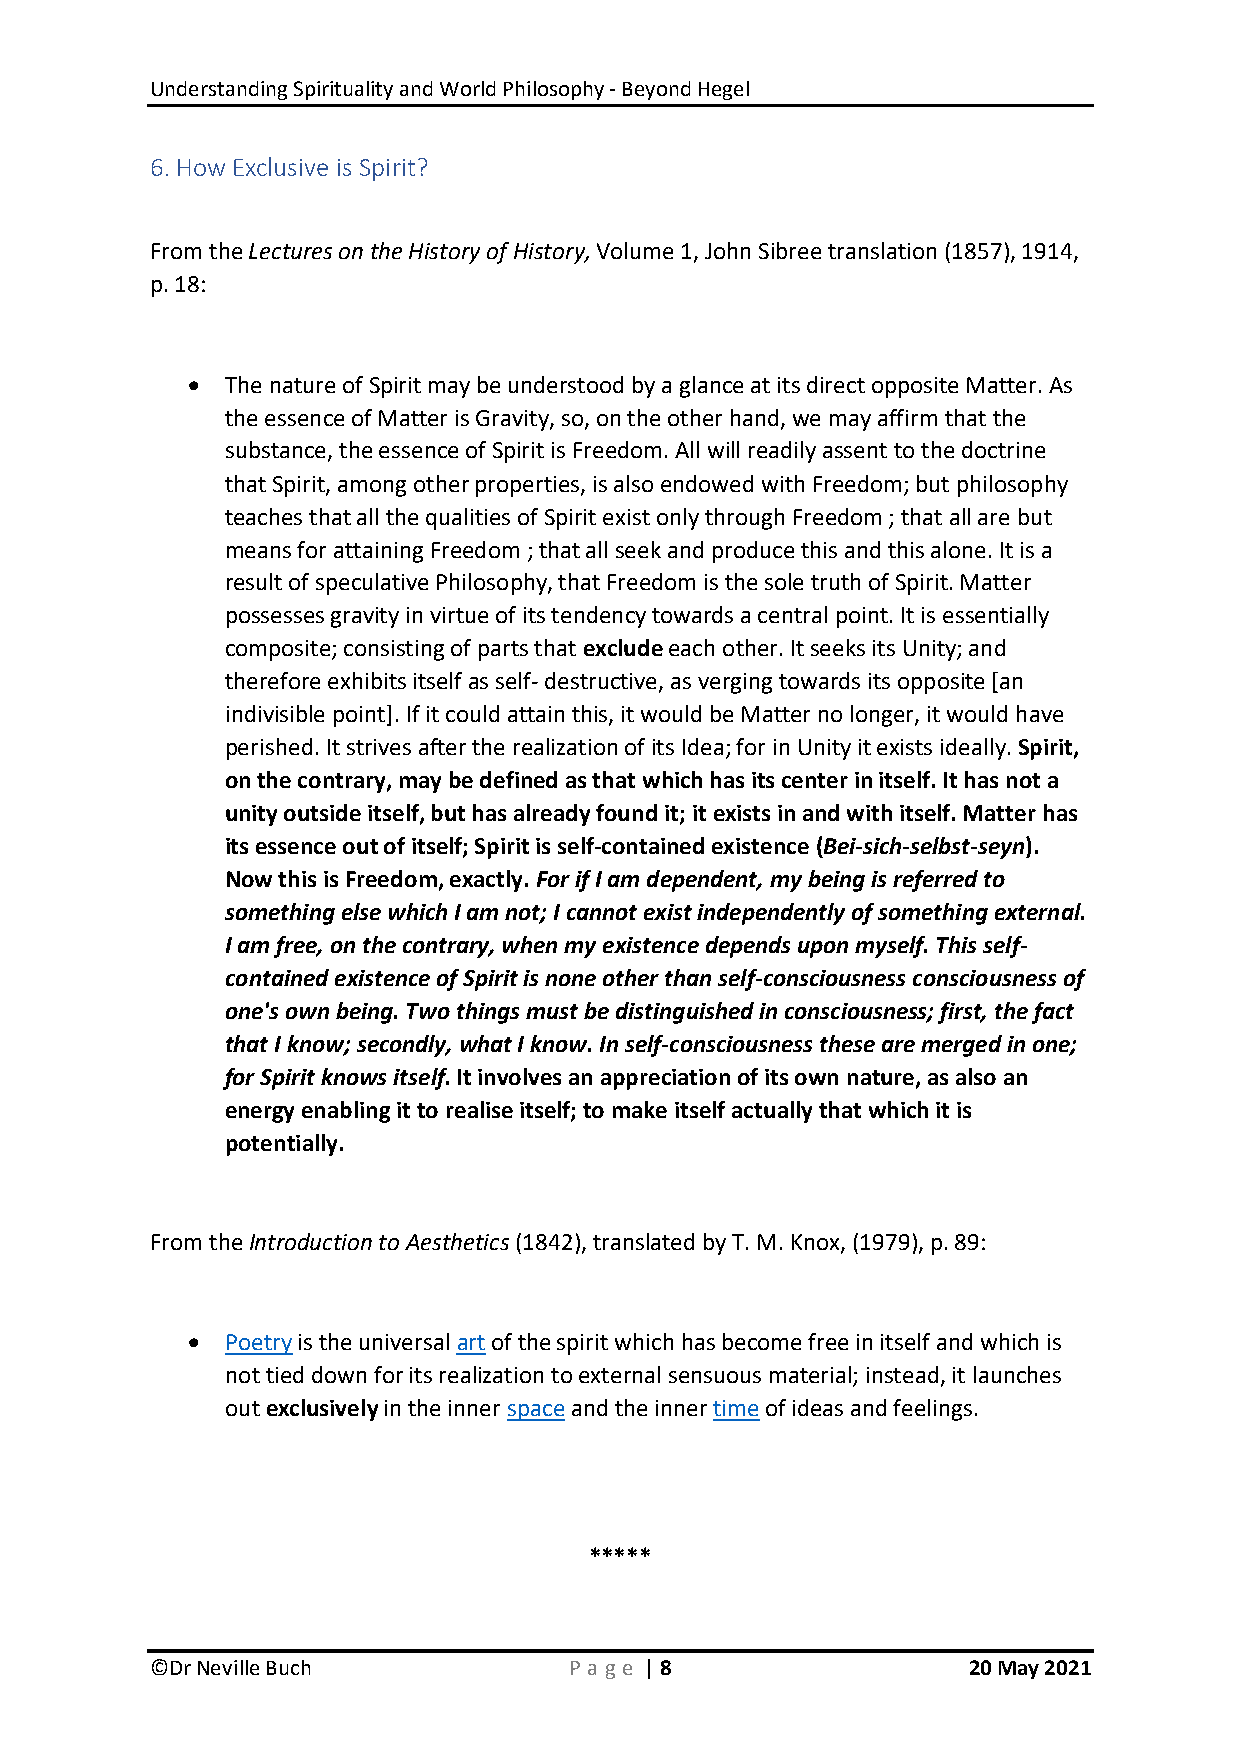
Understanding Spirituality and World Philosophy - Beyond Hegel
 6. How Exclusive is Spirit?
 From the Lectures on the History of History, Volume 1, John Sibree translation (1857), 1914,
 p. 18:
   The nature of Spirit may be understood by a glance at its direct opposite Matter. As
 the essence of Matter is Gravity, so, on the other hand, we may affirm that the
 substance, the essence of Spirit is Freedom. All will readily assent to the doctrine
 that Spirit, among other properties, is also endowed with Freedom; but philosophy
 teaches that all the qualities of Spirit exist only through Freedom ; that all are but
 means for attaining Freedom ; that all seek and produce this and this alone. It is a
 result of speculative Philosophy, that Freedom is the sole truth of Spirit. Matter
 possesses gravity in virtue of its tendency towards a central point. It is essentially
 composite; consisting of parts that exclude each other. It seeks its Unity; and
 therefore exhibits itself as self- destructive, as verging towards its opposite [an
 indivisible point]. If it could attain this, it would be Matter no longer, it would have
 perished. It strives after the realization of its Idea; for in Unity it exists ideally. Spirit,
 on the contrary, may be defined as that which has its center in itself. It has not a
 unity outside itself, but has already found it; it exists in and with itself. Matter has
 its essence out of itself; Spirit is self-contained existence (Bei-sich-selbst-seyn).
 Now this is Freedom, exactly. For if I am dependent, my being is referred to
 something else which I am not; I cannot exist independently of something external.
 I am free, on the contrary, when my existence depends upon myself. This self-
 contained existence of Spirit is none other than self-consciousness consciousness of
 one's own being. Two things must be distinguished in consciousness; first, the fact
 that I know; secondly, what I know. In self-consciousness these are merged in one;
 for Spirit knows itself. It involves an appreciation of its own nature, as also an
 energy enabling it to realise itself; to make itself actually that which it is
 potentially.
 From the Introduction to Aesthetics (1842), translated by T. M. Knox, (1979), p. 89:
   Poetry is the universal art of the spirit which has become free in itself and which is
 not tied down for its realization to external sensuous material; instead, it launches
 out exclusively in the inner space and the inner time of ideas and feelings.
 *****
 ©Dr Neville Buch            P age | 8                 20 May 2021